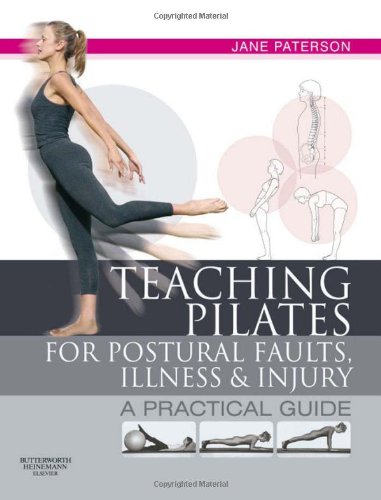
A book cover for Teaching pilates for postural faults, illness and injury: a practical guide, 1e; Jane Paterson RGN Adult Education Teacher  Pilates Teacher and Teacher Trainer  trained classical dancer; Health, Fitness & Dieting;